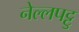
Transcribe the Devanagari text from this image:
नेल्‍लपट्टु